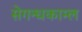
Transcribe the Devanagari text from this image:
सेगन्धकाम्ल